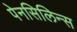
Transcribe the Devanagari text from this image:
पेनसिलिन्स